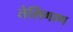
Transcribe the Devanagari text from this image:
तेलिंगाण